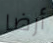
أرضا